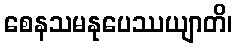
စေနသမနုပေဿယျာတိ၊